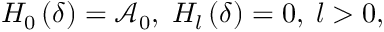
H _ { 0 } \left( \delta \right) = \mathcal { A } _ { 0 } , \; H _ { l } \left( \delta \right) = 0 , \; l > 0 ,